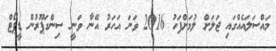
މައްސަލައެއްގައި ޖަލަށް ލުމަށްފަހު 2016 ވަނަ އަހަރު އޭނާ ވަނީ ސިންގަޕޫރުން ޑީޕޯޓް